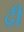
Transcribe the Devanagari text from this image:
द्री